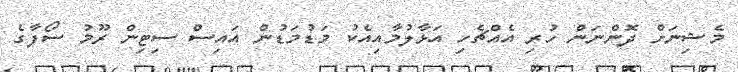
މެޝިނަށް ދޮންނަން ހުރި އެއްޗެހި އަޅާލުމާއިއެކު މަޑުމަޑުން އައިސް ސިޓިން ރޫމު ސޯފާގެ